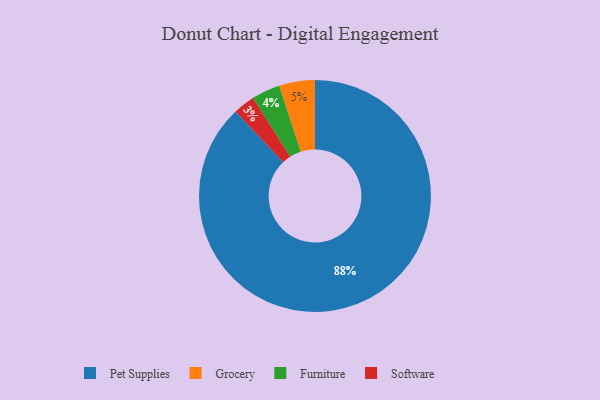
{"axis": {"x": "Category", "y": "Percentage"}, "legend": ["Furniture", "Grocery", "Pet Supplies", "Software"], "data": [{"x": "Furniture", "y": 4, "type": "Furniture"}, {"x": "Grocery", "y": 5, "type": "Grocery"}, {"x": "Pet Supplies", "y": 88, "type": "Pet Supplies"}, {"x": "Software", "y": 3, "type": "Software"}]}